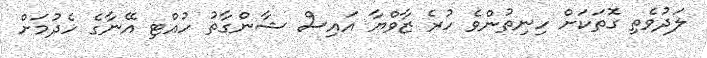
ލަދުވެތި ގޮތަކަށް ހިނިތުންވެ ހުރެ ޒާވްޔާ އައިސް ޝާންގާތު ހުއްޓި އޭނާގެ ހެދުމަށް